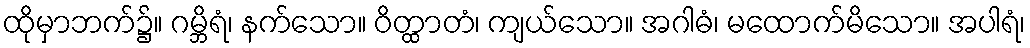
ထိုမှာဘက်၌။ ဂမ္ဘိရံ၊ နက်သော။ ဝိတ္ထာတံ၊ ကျယ်သော။ အဂါဓံ၊ မထောက်မိသော။ အပါရံ၊